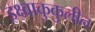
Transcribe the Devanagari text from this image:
इक्ष्वाकुकुलीन